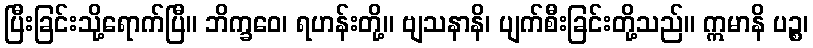
ပြီးခြင်းသို့ရောက်ပြီ။ ဘိက္ခဝေ၊ ရဟန်းတို့။ ဗျသနာနိ၊ ပျက်စီးခြင်းတို့သည်။ ဣမာနိ ပဉ္စ၊